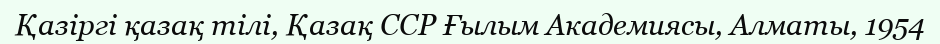
Қазіргі қазақ тілі, Қазақ ССР Ғылым Академиясы, Алматы, 1954